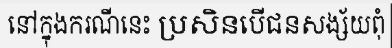
នៅក្នុងករណីនេះ ប្រសិនបើជនសង្ស័យពុំ